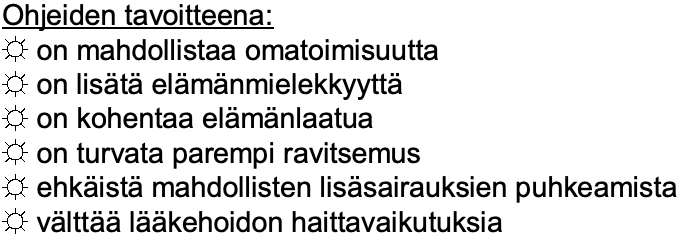
Ohjeiden tavoitteena: ☼on mahdollistaa omatoimisuutta ☼on lisätäelämänmielekkyyttä ☼on kohentaa elämänlaatua ☼on turvata parempi ravitsemus ☼ehkäistämahdollisten lisäsairauksien puhkeamista ☼välttäälääkehoidon haittavaikutuksia